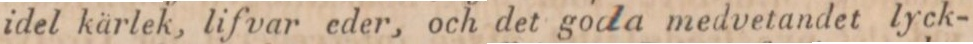
idel kärlek, lifvar eder, och det goda medvetandet lyck-